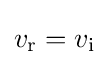
v_{\mathrm {r} }=v_{\mathrm {i} }\,\!